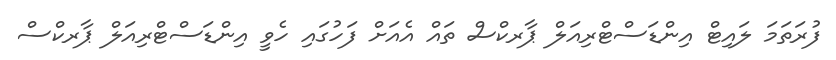
ފުރަތަމަ ލައިޓް އިންޑަސްޓްރިއަލް ޕާރކްސް ތައް އެއަށް ފަހުގައި ހެވީ އިންޑަސްޓްރިއަލް ޕާރކްސް